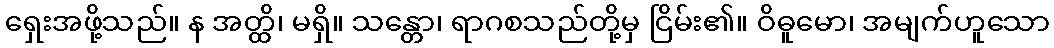
ရှေးအဖို့သည်။ န အတ္ထိ၊ မရှိ။ သန္တော၊ ရာဂစသည်တို့မှ ငြိမ်း၏။ ဝိဓူမော၊ အမျက်ဟူသော